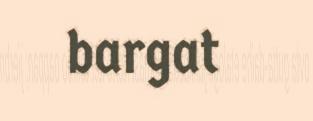
bargat